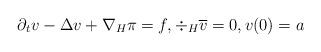
LaTeX: \begin{align*}\partial_t v - \Delta v + \nabla_H \pi =f, \div_H \overline{v}=0, v(0)=a\end{align*}